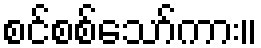
စင်စစ်သော်ကား။